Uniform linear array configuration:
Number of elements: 32
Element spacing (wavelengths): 0.25
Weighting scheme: hann
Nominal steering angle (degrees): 15
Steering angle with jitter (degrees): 16.005
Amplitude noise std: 0.05
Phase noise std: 0.05

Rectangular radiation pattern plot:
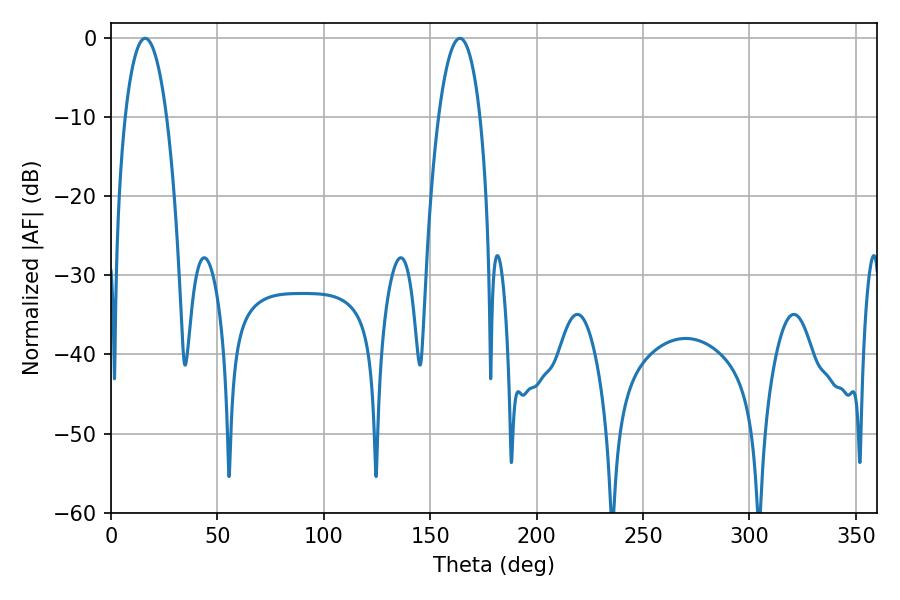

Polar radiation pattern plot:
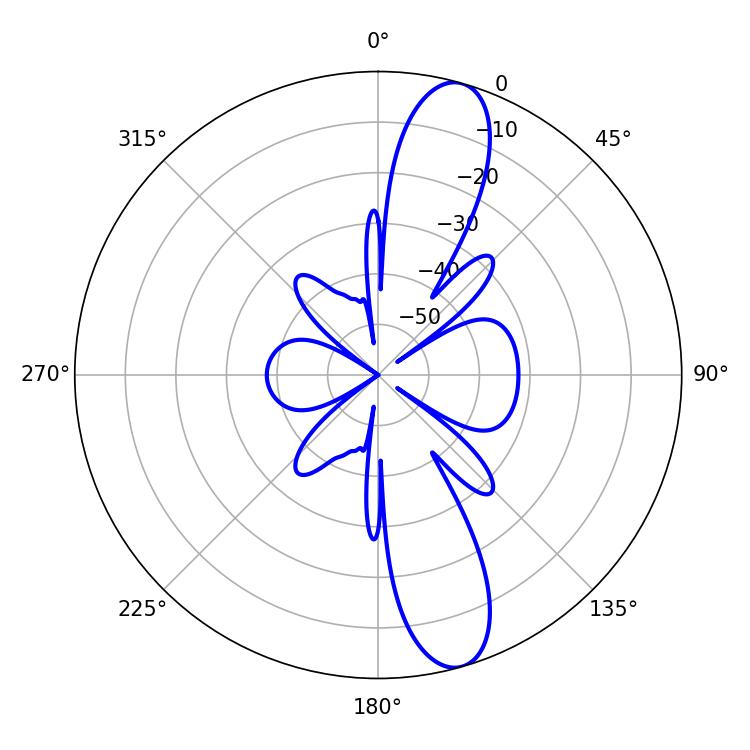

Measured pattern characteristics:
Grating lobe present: FALSE
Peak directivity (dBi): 12.46
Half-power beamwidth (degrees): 10.98
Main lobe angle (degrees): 16.02